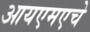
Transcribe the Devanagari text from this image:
आयएमएचे